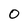
Character: O